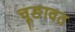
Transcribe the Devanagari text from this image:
चूङावत